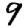
Digit: 9